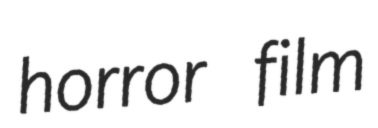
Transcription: horror film